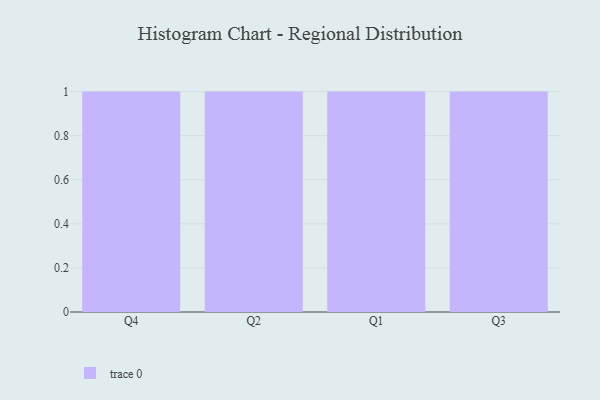
{"axis": {"x": "Quarter", "y": "Active Users"}, "legend": [""], "data": [{"x": "Q4", "y": 68, "type": ""}, {"x": "Q2", "y": 14, "type": ""}, {"x": "Q1", "y": 60, "type": ""}, {"x": "Q3", "y": 63, "type": ""}]}